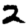
Digit: 2